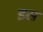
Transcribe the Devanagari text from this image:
इस